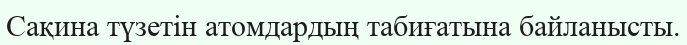
Сақина түзетін атомдардың табиғатына байланысты.